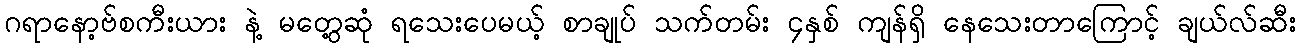
ဂရာနော့ဗ်စကီးယား နဲ့ မတွေ့ဆုံ ရသေးပေမယ့် စာချုပ် သက်တမ်း ၄နှစ် ကျန်ရှိ နေသေးတာကြောင့် ချယ်လ်ဆီး